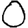
Digit: 0